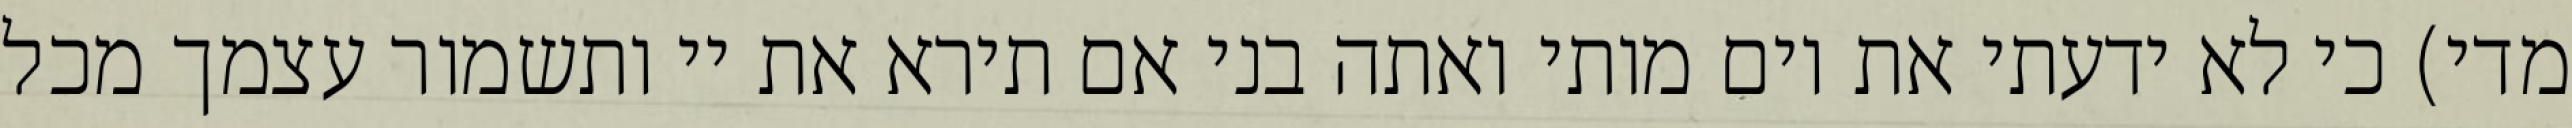
מדי) כי לא ידעתי את יום מותי ואתה בני אם תירא את יי ותשמור עצמך מכל